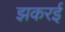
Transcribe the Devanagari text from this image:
झकरई